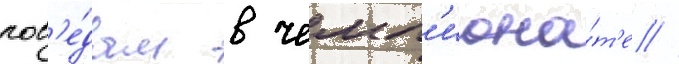
поб'е́дам в чемп'иона́т'е //